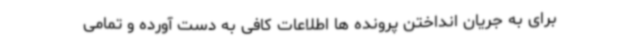
برای به جریان انداختن پرونده ها اطلاعات کافی به دست آورده و تمامی